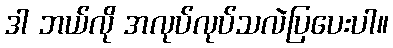
ဒါ ဘယ်လို အလုပ်လုပ်သလဲပြပေးပါ။